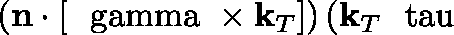
\left( \mathbf { n } \cdot \lbrack \mathbf { { \mathrm { \boldmath ~ \ g a m m a ~ } } } \times \mathbf { k } _ { T } ] \right) ( \mathbf { k } _ { T } \mathbf { { \mathrm { \boldmath ~ \ t a u ~ } } }